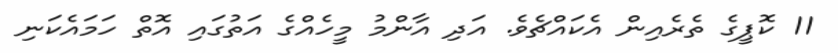
11 ކޮޕީގެ ތެރެއިން އެކައްޗެވެ. އަދި އާންމު މީހެއްގެ އަތުގައި އޮތް ހަމައެކަނި